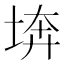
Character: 𡍋